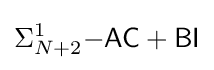
\Sigma _{N+2}^{1}{\mathsf {-AC+BI}}